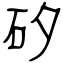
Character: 矽